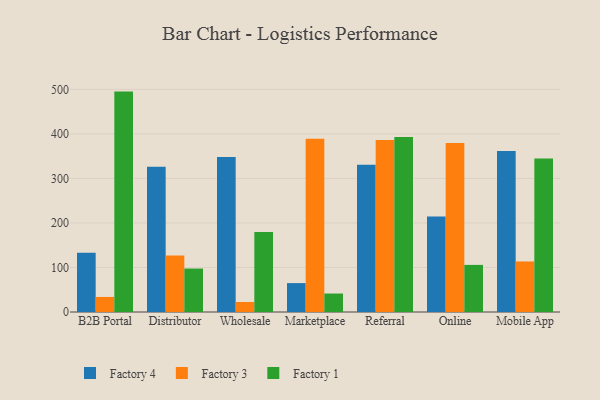
{"axis": {"x": "Channel", "y": "Net Income (USD K)"}, "legend": ["Factory 1", "Factory 3", "Factory 4"], "data": [{"x": "B2B Portal", "y": 133.2, "type": "Factory 4"}, {"x": "B2B Portal", "y": 33.8, "type": "Factory 3"}, {"x": "B2B Portal", "y": 495.0, "type": "Factory 1"}, {"x": "Distributor", "y": 326.3, "type": "Factory 4"}, {"x": "Distributor", "y": 127.1, "type": "Factory 3"}, {"x": "Distributor", "y": 97.6, "type": "Factory 1"}, {"x": "Wholesale", "y": 348.3, "type": "Factory 4"}, {"x": "Wholesale", "y": 22.5, "type": "Factory 3"}, {"x": "Wholesale", "y": 179.4, "type": "Factory 1"}, {"x": "Marketplace", "y": 64.9, "type": "Factory 4"}, {"x": "Marketplace", "y": 389.1, "type": "Factory 3"}, {"x": "Marketplace", "y": 41.5, "type": "Factory 1"}, {"x": "Referral", "y": 330.6, "type": "Factory 4"}, {"x": "Referral", "y": 386.1, "type": "Factory 3"}, {"x": "Referral", "y": 393.2, "type": "Factory 1"}, {"x": "Online", "y": 214.7, "type": "Factory 4"}, {"x": "Online", "y": 379.6, "type": "Factory 3"}, {"x": "Online", "y": 105.8, "type": "Factory 1"}, {"x": "Mobile App", "y": 361.8, "type": "Factory 4"}, {"x": "Mobile App", "y": 113.5, "type": "Factory 3"}, {"x": "Mobile App", "y": 344.5, "type": "Factory 1"}]}